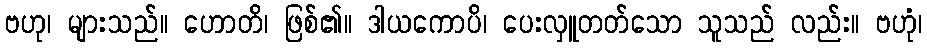
ဗဟု၊ များသည်။ ဟောတိ၊ ဖြစ်၏။ ဒါယကောပိ၊ ပေးလှူတတ်သော သူသည် လည်း။ ဗဟုံ၊